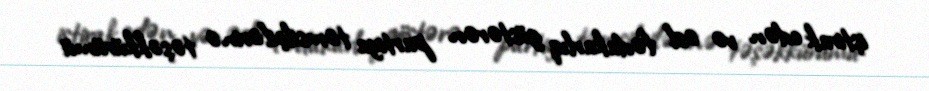
iştirak edən və əsl fədakarlıq göstərən partiya təmsilçilərinə təşəkkürümü